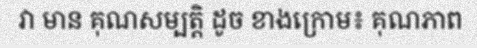
វា មាន គុណសម្បត្តិ ដូច ខាងក្រោម៖ គុណភាព